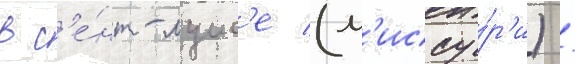
в с'е́нт-луис'е (м'иссу́р'и) /